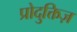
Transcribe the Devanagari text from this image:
प्रोदुक्तिज़